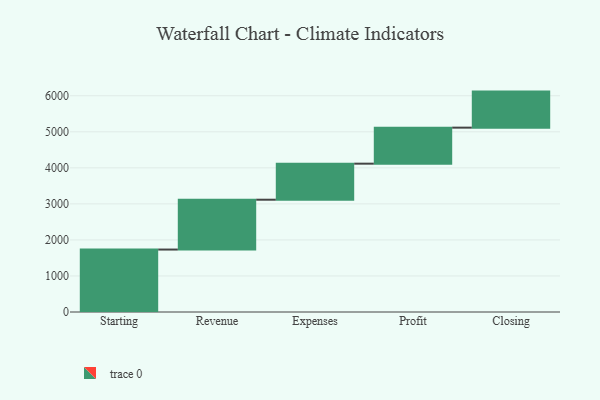
{"axis": {"x": "Step", "y": "Value"}, "legend": [""], "data": [{"x": "Starting", "y": 1733.0, "type": ""}, {"x": "Revenue", "y": 1383.0, "type": ""}, {"x": "Expenses", "y": 1000, "type": ""}, {"x": "Profit", "y": 1000, "type": ""}, {"x": "Closing", "y": 1000, "type": ""}]}